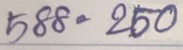
588 = 250